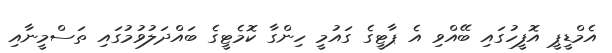
އެމްޑީޕީ އޮފީހުގައި ބޭއްވި އެ ޕާޓީގެ ގައުމީ ހިންގާ ކޮމެޓީގެ ބައްދަލުވުމުގައި ތަސްމީނާއި